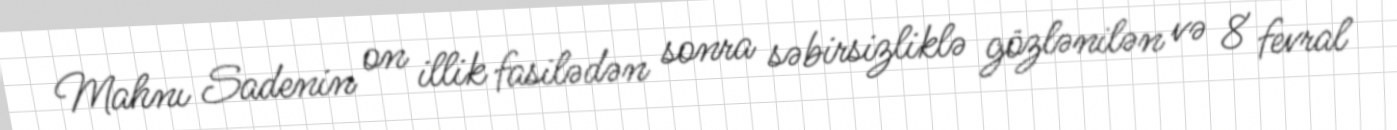
Mahnı Sadenin on illik fasilədən sonra səbirsizliklə gözlənilən və 8 fevral